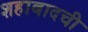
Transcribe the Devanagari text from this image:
शहाबादची